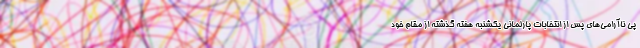
پی ناآرامی‌های پس از انتخابات پارلمانی یکشنبه هفته گذشته از مقام خود